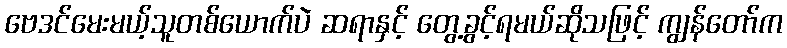
ဗေဒင်မေးမယ့်သူတစ်ယောက်ပဲ ဆရာနှင့် တွေ့ခွင့်ရမယ်ဆိုသဖြင့် ကျွန်တော်က